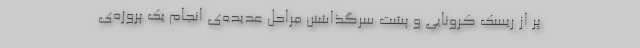
پر از ریسک کرونایی و پشت سرگذاشتن مراحل عدیده‌ی انجام یک پروژه‌ی